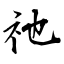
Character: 祂